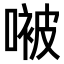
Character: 𫫢